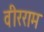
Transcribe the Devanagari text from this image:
वीरराम